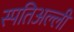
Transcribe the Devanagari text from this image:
स्पतिअल्ली